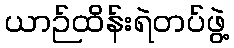
ယာဉ်ထိန်းရဲတပ်ဖွဲ့